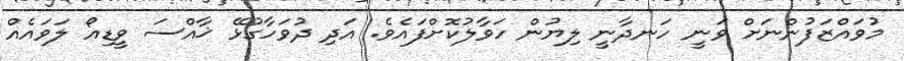
މުވައްޒަފުންނަށް ވަނީ ހަނދާނީ ލިޔުން ހަވާލުކޮށްފައެވެ. އަދި ދުވަހާގުޅޭ ޚާއްސަ ވީޑިއޯ ލަވައެއް